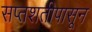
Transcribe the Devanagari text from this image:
सप्तशतीपासून